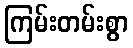
ကြမ်းတမ်းစွာ